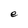
Character: e